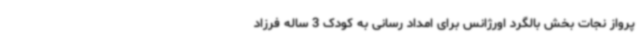
پرواز نجات بخش بالگرد اورژانس برای امداد رسانی به کودک 3 ساله فرزاد